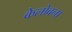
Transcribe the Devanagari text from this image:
केलोवना